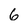
Character: 6